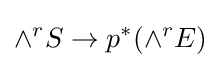
\wedge ^{r}S\to p^{*}(\wedge ^{r}E)